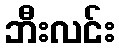
ဘီးလင်း